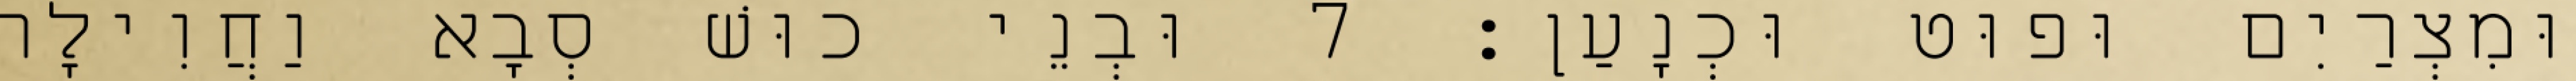
וּמִצְרַיִם וּפוּט וּכְנָעַן׃ 7 וּבְנֵי כוּשׁ סְבָא וַחֲוִילָה